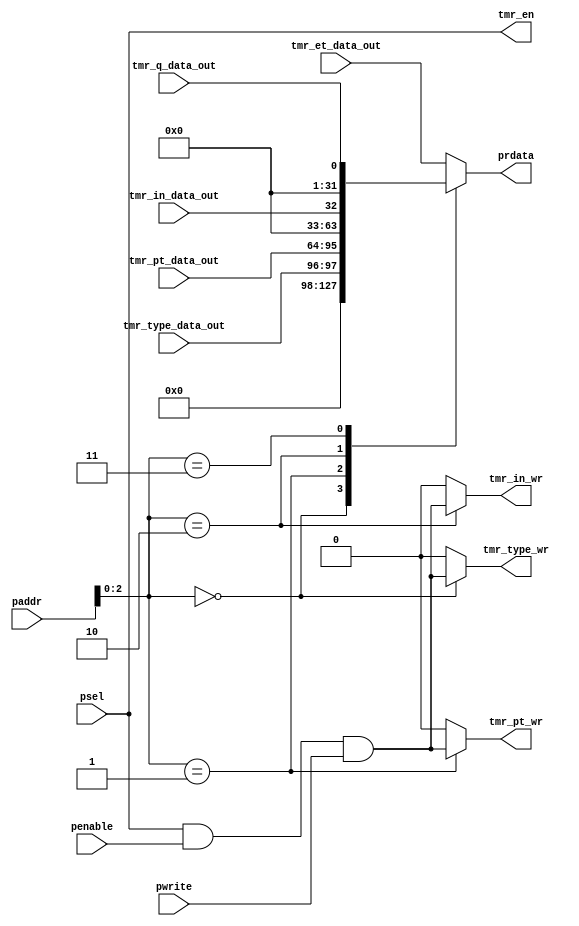
module tmr_apb_decoder #
(
  parameter ADDR_W = 8,
  parameter APB_ADDR_W = 16
)
(
  //----------------------------------------------------------------------------------------------------------------------
  // Inputs
  //----------------------------------------------------------------------------------------------------------------------
  input      [APB_ADDR_W-1:0] paddr,
  input                       psel,
  input                       penable,
  input                       pwrite,
  input      [31:0]           tmr_pt_data_out,
  input                       tmr_in_data_out,
  input      [ 1:0]           tmr_type_data_out,
  input      [31:0]           tmr_et_data_out,
  input                       tmr_q_data_out,
  //----------------------------------------------------------------------------------------------------------------------
  // Outputs
  //----------------------------------------------------------------------------------------------------------------------
  output reg [31:0]           prdata,
  output                      tmr_en,
  output reg                  tmr_pt_wr,
  output reg                  tmr_in_wr,
  output reg                  tmr_type_wr
);
  //----------------------------------------------------------------------------------------------------------------------
  // Local Parameters
  //----------------------------------------------------------------------------------------------------------------------
  localparam REG_TYPE = 3'h0;
  localparam REG_PT   = 3'h1;
  localparam REG_IN   = 3'h2;
  localparam REG_Q    = 3'h3;
  localparam REG_ET   = 3'h4;

  //----------------------------------------------------------------------------------------------------------------------
  // Write Enable Multiplexer
  //----------------------------------------------------------------------------------------------------------------------
  always @ (*)
    case(paddr[2:0])
      REG_TYPE:
      begin
        tmr_pt_wr   = 1'b0;
        tmr_in_wr   = 1'b0;
        tmr_type_wr = psel & penable & pwrite;
      end
      REG_PT:
      begin
        tmr_pt_wr   = psel & penable & pwrite;
        tmr_in_wr   = 1'b0;
        tmr_type_wr = 1'b0;
      end
      REG_IN:
      begin
        tmr_pt_wr   = 1'b0;
        tmr_in_wr   = psel & penable & pwrite;
        tmr_type_wr = 1'b0;
      end
      default:
      begin
        tmr_pt_wr   = 1'b0;
        tmr_in_wr   = 1'b0;
        tmr_type_wr = 1'b0;
      end
    endcase

  //----------------------------------------------------------------------------------------------------------------------
  // Data Output Multiplexer
  //----------------------------------------------------------------------------------------------------------------------
  always @ (*)
    case(paddr[2:0])
      REG_TYPE:
        prdata <= {30'd0, tmr_type_data_out};
      REG_PT:
        prdata <= tmr_pt_data_out;
      REG_IN:
        prdata <= {31'd0, tmr_in_data_out};
      REG_Q:
        prdata <= {31'd0, tmr_q_data_out};
      default: // REG_ET
        prdata <= tmr_et_data_out;
    endcase

  //----------------------------------------------------------------------------------------------------------------------
  // Enable
  //----------------------------------------------------------------------------------------------------------------------
  assign tmr_en = psel;

endmodule